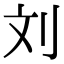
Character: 刘